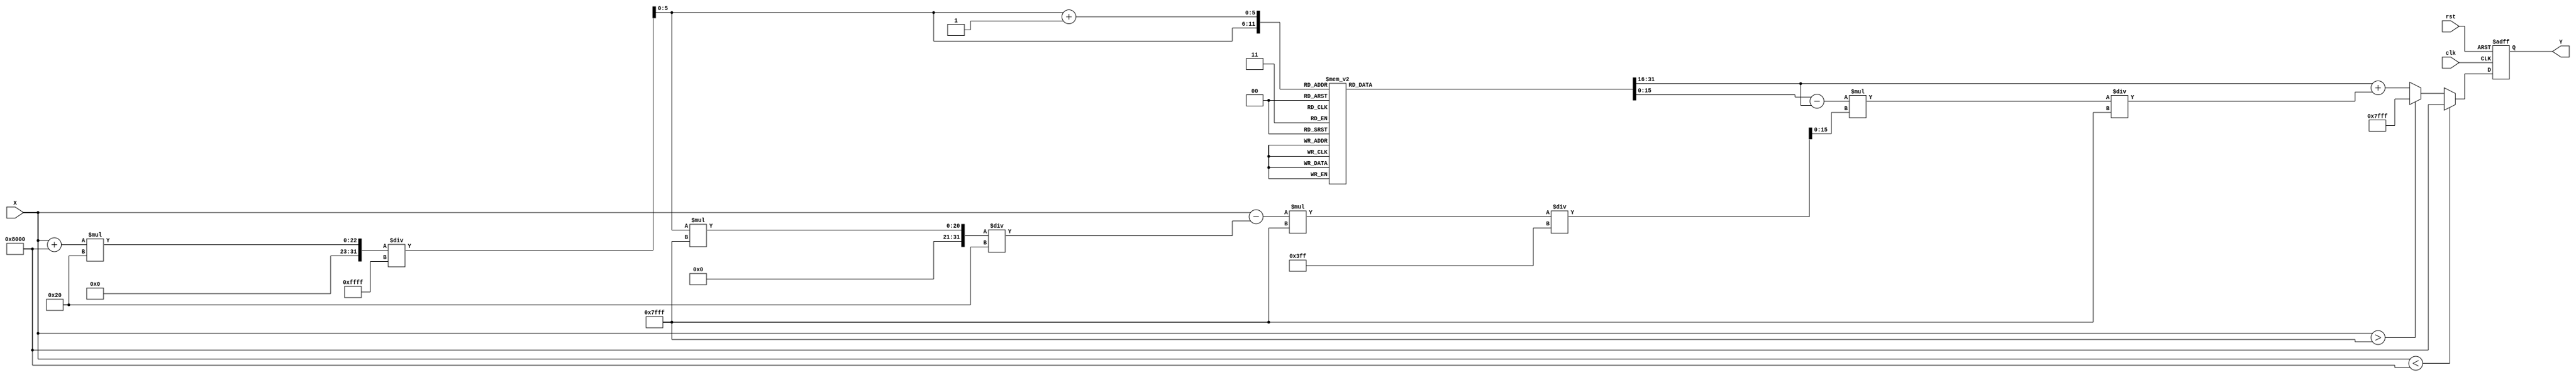
module asin_block (
    input wire clk,
    input wire rst,
    input wire signed [15:0] X, // Fixed-point input in the range [-1, 1]
    output reg signed [15:0] Y   // Fixed-point output in the range [-/2, /2]
);

    // Define constants for pi/2 in fixed-point format
    localparam PI_OVER_2 = 16'h1FFF; // Approximation of /2 for 16-bit fixed-point

    // Lookup table for arcsine values (adjust the values as needed for precision)
    reg signed [15:0] lut [0:32]; // LUT size can be adjusted
    reg [5:0] index; // LUT index
    reg signed [15:0] lut_a, lut_b; // Adjacent LUT values
    reg [5:0] lut_index_a, lut_index_b; // LUT indices for interpolation
    reg signed [15:0] delta; // Difference for interpolation
    reg signed [15:0] interp_result; // Result after interpolation

    initial begin
        // Populate the LUT with pre-computed arcsine values
        lut[0]  = 16'h8000; // asin(-1)
        lut[1]  = 16'hFC00; // asin(-0.9)
        lut[2]  = 16'hF800; // asin(-0.8)
        lut[3]  = 16'hF400; // asin(-0.7)
        lut[4]  = 16'hF000; // asin(-0.6)
        lut[5]  = 16'hEC00; // asin(-0.5)
        lut[6]  = 16'hE800; // asin(-0.4)
        lut[7]  = 16'hE400; // asin(-0.3)
        lut[8]  = 16'hE000; // asin(-0.2)
        lut[9]  = 16'hDC00; // asin(-0.1)
        lut[10] = 16'h0000; // asin(0)
        lut[11] = 16'h0C00; // asin(0.1)
        lut[12] = 16'h1000; // asin(0.2)
        lut[13] = 16'h1400; // asin(0.3)
        lut[14] = 16'h1800; // asin(0.4)
        lut[15] = 16'h1C00; // asin(0.5)
        lut[16] = 16'h2000; // asin(0.6)
        lut[17] = 16'h2400; // asin(0.7)
        lut[18] = 16'h2800; // asin(0.8)
        lut[19] = 16'h2C00; // asin(0.9)
        lut[20] = 16'h7FFF; // asin(1)
    end

    always @(posedge clk or posedge rst) begin
        if (rst) begin
            Y <= 16'h0000; // Reset output
        end else begin
            // Clamp input to the range [-1, 1]
            if (X < -16'h8000) begin
                Y <= 16'h8000; // Error value for input < -1
            end else if (X > 16'h7FFF) begin
                Y <= 16'h7FFF; // Error value for input > 1
            end else begin
                // Calculate index for LUT (scale X to [0, 32])
                index = (X + 16'h8000) * 32 / 16'hFFFF; // Scale X to [0, 32]
                lut_index_a = index; // Lower index
                lut_index_b = index + 1; // Upper index

                // Get adjacent LUT values
                lut_a = lut[lut_index_a];
                lut_b = lut[lut_index_b];

                // Calculate the interpolation delta
                delta = (X - (lut_index_a * 16'h7FFF / 32)) * 16'h7FFF / (16'h7FFF / 32);

                // Perform linear interpolation
                interp_result = lut_a + (lut_b - lut_a) * delta / 16'h7FFF;

                // Assign the result to Y
                Y <= interp_result;
            end
        end
    end

endmodule